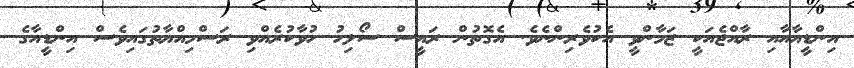
އިންޑީއާއާއި ރާއްޖެއަކީ ޒަމާންވީ އެކުވެރިންނެވެ. އެގޮތުން ރައީސް ސޯލިހު ހުވާކުރެއްވި ރަސްމިއްޔާތުގައިވެސް އިންޑީއާގެ